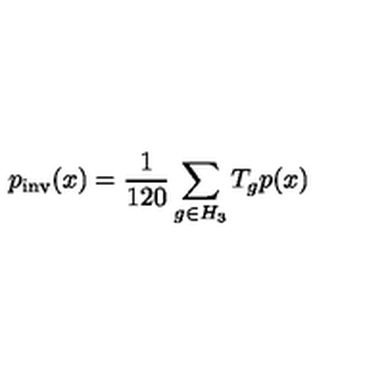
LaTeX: p _ { \mathrm { i n v } } ( x ) = \frac { 1 } { 1 2 0 } \sum _ { g \in H _ { 3 } } T _ { g } p ( x )